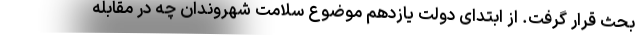
بحث قرار گرفت. از ابتدای دولت یازدهم موضوع سلامت شهروندان چه در مقابله